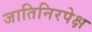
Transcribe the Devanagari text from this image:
जातिनिरपेक्ष